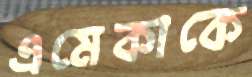
এমেকাকে